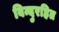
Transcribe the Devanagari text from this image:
बिन्दुरहित